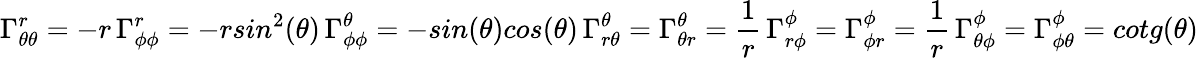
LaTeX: \Gamma_{\theta\theta}^{r}=-r\, \Gamma_{\phi\phi}^{r}=-rsin^{2}(\theta)\, \Gamma_{\phi\phi}^{\theta}=-sin(\theta)cos(\theta)\, \Gamma_{r\theta}^{\theta}=\Gamma_{\theta r}^{\theta}=\frac{1}{r}\, \Gamma_{r\phi}^{\phi}=\Gamma_{\phi r}^{\phi}=\frac{1}{r}\, \Gamma_{\theta\phi}^{\phi}=\Gamma_{\phi\theta}^{\phi}=cotg(\theta)